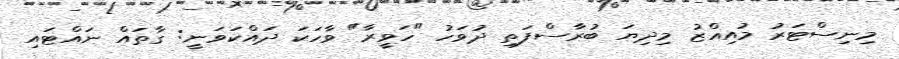
މިނިސްޓަރު މުއިއްޒު މިދިޔަ ބުރާސްފަތި ދުވަހު "ހަވީރާ" ވާހަކަ ދައްކަވަނީ: ގާތައް ނައްޓައި